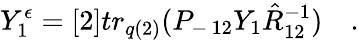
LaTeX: Y_{1}^{\epsilon}=[2]tr_{q(2)}(P_{-\, 12}Y_{1}\hat{R}_{12}^{-1})\quad.